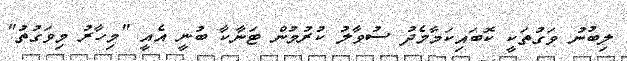
ލިބުނު ވަގުތަކީ ކޮބައިކަމާމެދު ސުވާލު ކުރުމުން ޓަނާކާ ބުނީ އެއީ "މިހާރު މިވަގުތު"